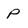
Character: P